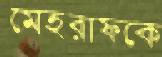
মেহরাফকে